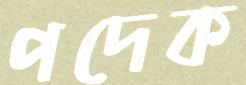
পদেক